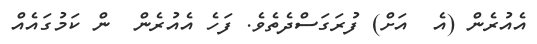
އެއުރެން (އެ  އަށް) ފުރަގަސްދެތެވެ. ފަހެ އެއުރެން  ން ކަމުގައެއް